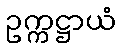
ဥက္ကဋ္ဌာယံ